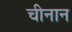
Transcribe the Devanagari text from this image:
चीनान